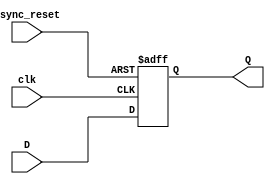
module Dff(D,clk,async_reset,Q);
input D;  
input clk; 
input async_reset; 
output reg Q; 
always @(posedge clk or posedge async_reset) 
begin
 if(async_reset==1'b1)
  Q <= 1'b0; 
 else 
  Q <= D; 
end 
endmodule